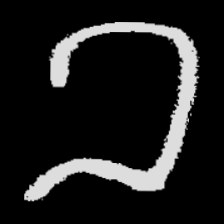
Pyu character \u2014 Myanmar letter: ခ (romanized: kha)